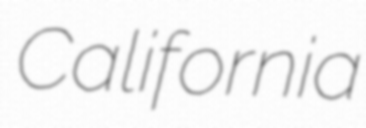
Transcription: California